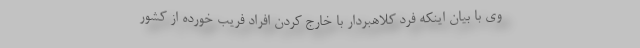
وی با بیان اینکه فرد کلاهبردار با خارج کردن افراد فریب خورده از کشور